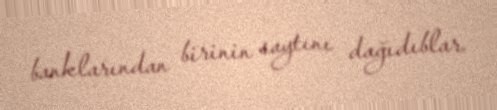
banklarından birinin saytını dağıdıblar.